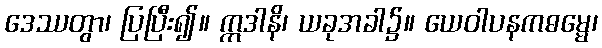
ဒေဿတွာ၊ ပြပြီး၍။ ဣဒါနိ၊ ယခုအခါ၌။ ယေဝါပနကဓမ္မေ၊